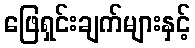
ဖြေရှင်းချက်များနှင့်